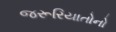
જરૂરિયાતોનો